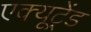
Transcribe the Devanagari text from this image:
एक्यूट्रेंड